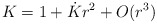
\begin{align*}K = 1 + \dot K r^2 + O(r^3)\end{align*}